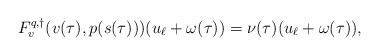
\begin{align*}F^{q,\dagger}_v(v(\tau), p(s(\tau)))(u_\ell + \omega(\tau)) = \nu(\tau) (u_\ell + \omega(\tau)),\end{align*}